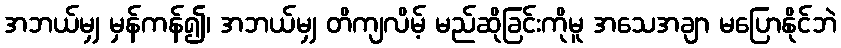
အဘယ်မျှ မှန်ကန်၍၊ အဘယ်မျှ တိကျလိမ့် မည်ဆိုခြင်းကိုမူ အသေအချာ မပြောနိုင်ဘဲ